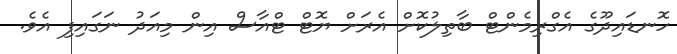
ހޮނޑައިދޫގެ އެގްރިމެންޓް ބާތިލުކޮށް އެރަށް ޔޮޓް ޓްއާސް އިން މިއަދު ނަގައިފި އެވެ.